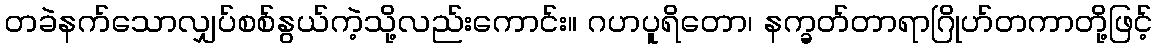
တခဲနက်သောလျှပ်စစ်နွယ်ကဲ့သို့လည်းကောင်း။ ဂဟပူရိတော၊ နက္ခတ်တာရာဂြိုဟ်တကာတို့ဖြင့်